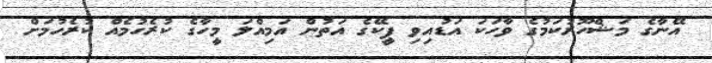
އޭނާގެ މަޝްހޫރުކަމުގެ ވާހަކަ އަޑުއިވި ޕީކޭގެ އަތުން އަމިއްލަ މީހާގެ ކުރެހުމެއް ކުރެހުމަށް